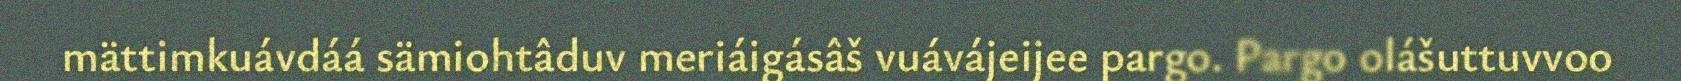
mättimkuávdáá sämiohtâduv meriáigásâš vuávájeijee pargo. Pargo olášuttuvvoo